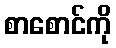
စာစောင်ကို